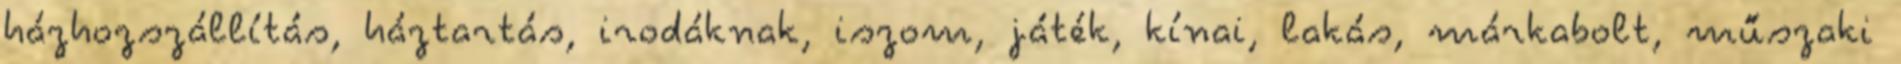
házhozszállítás, háztartás, irodáknak, iszom, játék, kínai, lakás, márkabolt, műszaki